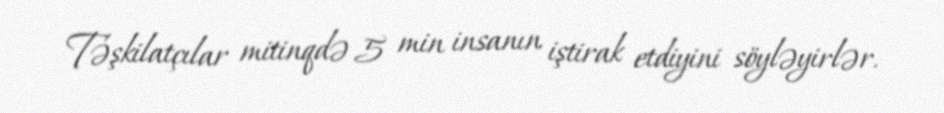
Təşkilatçılar mitinqdə 5 min insanın iştirak etdiyini söyləyirlər.